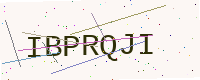
Text: IBPRQJI